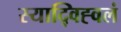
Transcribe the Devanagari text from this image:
स्याद्विह्वलं